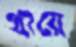
থায়ে